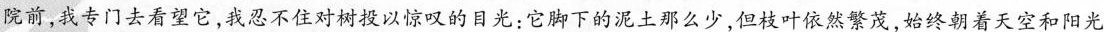
院前，我专门去看望它，我忍不住对树授以惊叹的目光：它脚下的泥土那么少，但枝叶依然繁茂，始终朝着天空和阳光